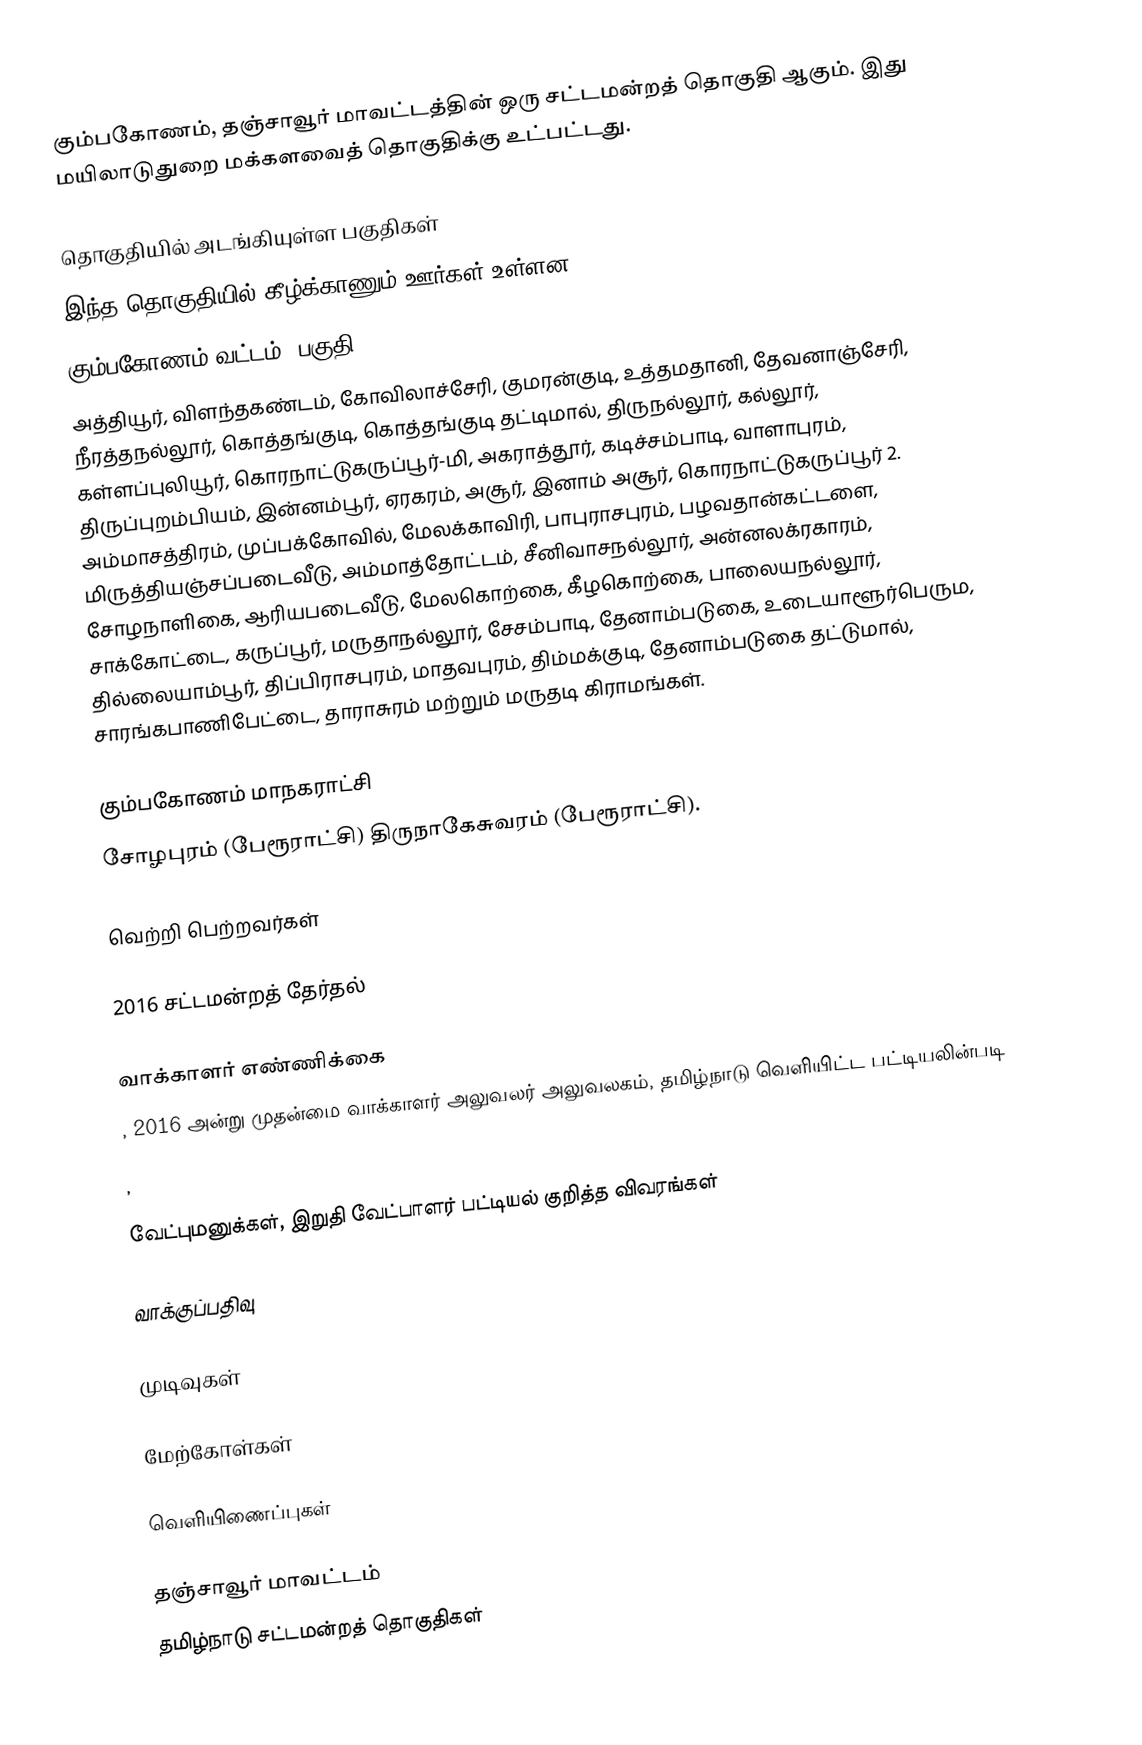
கும்பகோணம், தஞ்சாவூர் மாவட்டத்தின் ஒரு சட்டமன்றத் தொகுதி ஆகும். இது மயிலாடுதுறை மக்களவைத் தொகுதிக்கு உட்பட்டது.

தொகுதியில் அடங்கியுள்ள பகுதிகள்
இந்த தொகுதியில் கீழ்க்காணும் ஊர்கள் உள்ளன.
கும்பகோணம் வட்டம் (பகுதி)
அத்தியூர், விளந்தகண்டம், கோவிலாச்சேரி, குமரன்குடி, உத்தமதானி, தேவனாஞ்சேரி, நீரத்தநல்லூர், கொத்தங்குடி, கொத்தங்குடி தட்டிமால், திருநல்லூர், கல்லூர், கள்ளப்புலியூர், கொரநாட்டுகருப்பூர்-மி, அகராத்தூர், கடிச்சம்பாடி, வாளாபுரம், திருப்புறம்பியம், இன்னம்பூர், ஏரகரம், அசூர், இனாம் அசூர், கொரநாட்டுகருப்பூர் 2. அம்மாசத்திரம், முப்பக்கோவில், மேலக்காவிரி, பாபுராசபுரம், பழவதான்கட்டளை, மிருத்தியஞ்சப்படைவீடு, அம்மாத்தோட்டம், சீனிவாசநல்லூர், அன்னலக்ரகாரம், சோழநாளிகை, ஆரியபடைவீடு, மேலகொற்கை, கீழகொற்கை, பாலையநல்லூர், சாக்கோட்டை, கருப்பூர், மருதாநல்லூர், சேசம்பாடி, தேனாம்படுகை, உடையாளூர்பெரும, தில்லையாம்பூர், திப்பிராசபுரம், மாதவபுரம், திம்மக்குடி, தேனாம்படுகை தட்டுமால், சாரங்கபாணிபேட்டை, தாராசுரம் மற்றும் மருதடி கிராமங்கள்.

கும்பகோணம் மாநகராட்சி
சோழபுரம் (பேரூராட்சி) திருநாகேசுவரம் (பேரூராட்சி).

வெற்றி பெற்றவர்கள்

2016 சட்டமன்றத் தேர்தல்

வாக்காளர் எண்ணிக்கை
, 2016 அன்று முதன்மை வாக்காளர் அலுவலர் அலுவலகம், தமிழ்நாடு வெளியிட்ட பட்டியலின்படி
,

வேட்புமனுக்கள், இறுதி வேட்பாளர் பட்டியல் குறித்த விவரங்கள்

வாக்குப்பதிவு

முடிவுகள்

மேற்கோள்கள்

வெளியிணைப்புகள்

தஞ்சாவூர் மாவட்டம்
தமிழ்நாடு சட்டமன்றத் தொகுதிகள்